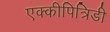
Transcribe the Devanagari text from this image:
एक्कीपित्रिडी